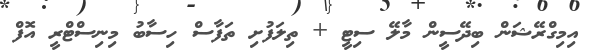
އިމިގްރޭޝަން ބިދޭސީން މާލޭ ސިޓީ + ތިލަފުށި ތަފާސް ހިސާބު މިނިސްޓްރީ އޮފް